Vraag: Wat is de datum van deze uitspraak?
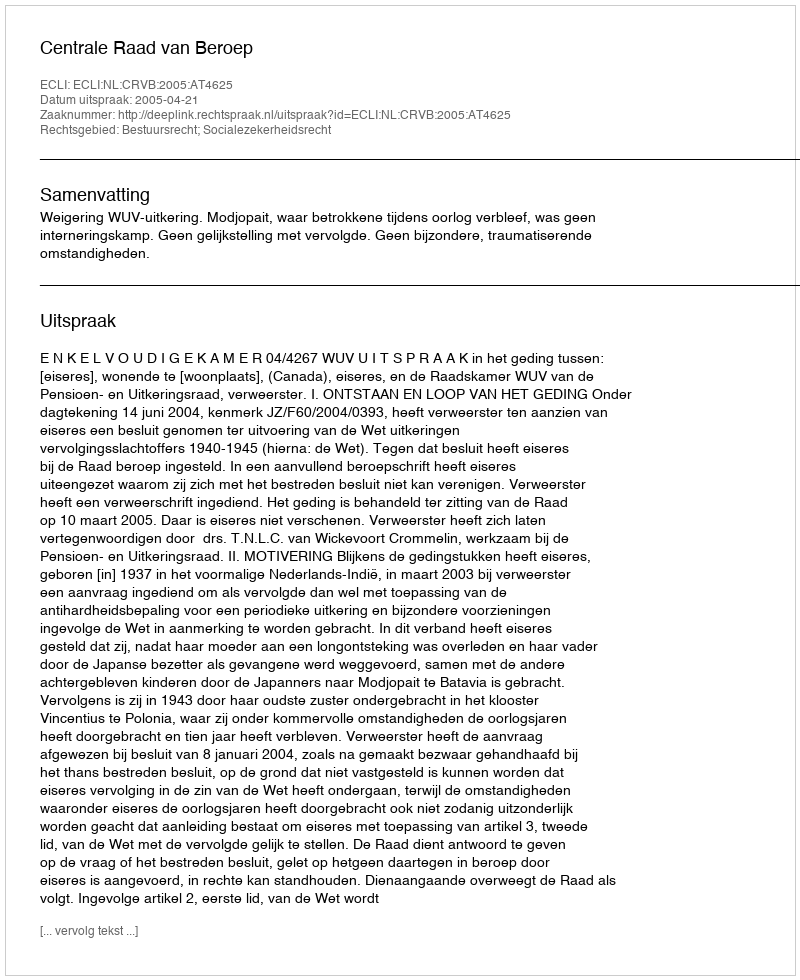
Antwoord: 2005-04-21